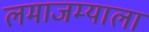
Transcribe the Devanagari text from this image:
लमाजम्याला